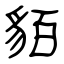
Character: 貊